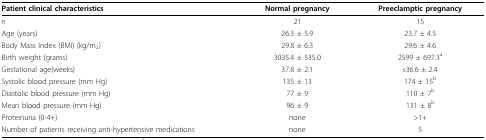
| Patient clinical characteristics | Normal pregnancy | Preeclamptic pregnancy |
 | --- | --- | --- |
 | n | 21 | 15 |
 | Age (years) | 26.3 ± 5.9 | 23.7 ± 4.5 |
 | Body Mass Index (BMI) (kg/m2) | 29.8 ± 6.3 | 29.6 ± 4.6 |
 | Birth weight (grams) | 3035.4 ± 535.0 | 2599 ± 697.3a |
 | Gestational age(weeks) | 37.8 ± 2.1 | s36.6 ± 2.4 |
 | Systolic blood pressure (mm Hg) | 135 ± 13 | 174 ± 15b |
 | Diastolic blood pressure (mm Hg) | 77 ± 9 | 110 ± 7b |
 | Mean blood pressure (mm Hg) | 96 ± 9 | 131 ± 8b |
 | Proteinuria (0-4+) | none | >1+ |
 | Number of patients receiving anti-hypertensive medications | none | 5 |